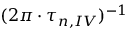
( 2 \pi \cdot \tau _ { n , I V } ) ^ { - 1 }